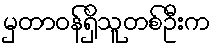
မှတာဝန်ရှိသူတစ်ဦးက